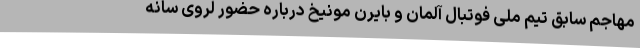
مهاجم سابق تیم ملی فوتبال آلمان و بایرن مونیخ درباره حضور لروی سانه